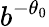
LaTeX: b^{-\theta_{0}}